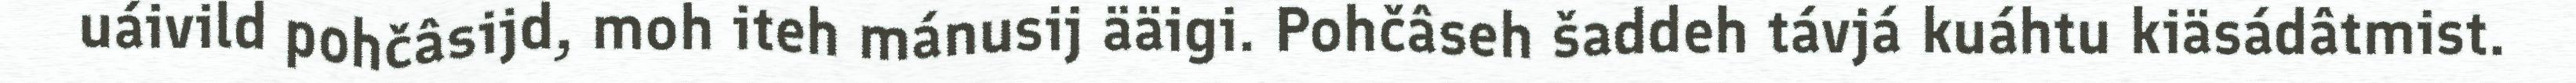
uáivild pohčâsijd, moh iteh mánusij ääigi. Pohčâseh šaddeh távjá kuáhtu kiäsádâtmist.